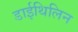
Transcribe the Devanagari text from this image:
डाईथिलिन